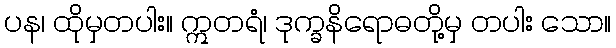
ပန၊ ထိုမှတပါး။ ဣတရံ၊ ဒုက္ခနိရောဓတို့မှ တပါး သော။